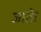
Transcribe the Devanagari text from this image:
जातेा